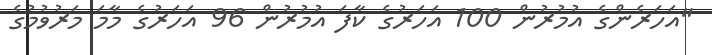
"އަހަރެންގެ އުމުރުން 100 އަހަރުގެ ކާފަ އުމުރުން 96 އަހަރުގެ މާމަ މަރުވުމުގެ